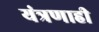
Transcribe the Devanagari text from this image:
यंत्रणाही